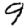
Digit: 9